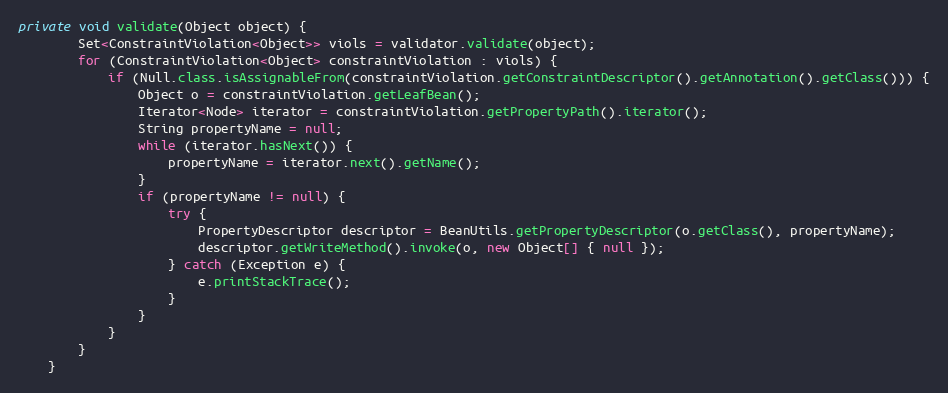
Language: Java
private void validate(Object object) {
		Set<ConstraintViolation<Object>> viols = validator.validate(object);
		for (ConstraintViolation<Object> constraintViolation : viols) {
			if (Null.class.isAssignableFrom(constraintViolation.getConstraintDescriptor().getAnnotation().getClass())) {
				Object o = constraintViolation.getLeafBean();
				Iterator<Node> iterator = constraintViolation.getPropertyPath().iterator();
				String propertyName = null;
				while (iterator.hasNext()) {
					propertyName = iterator.next().getName();
				}
				if (propertyName != null) {
					try {
						PropertyDescriptor descriptor = BeanUtils.getPropertyDescriptor(o.getClass(), propertyName);
						descriptor.getWriteMethod().invoke(o, new Object[] { null });
					} catch (Exception e) {
						e.printStackTrace();
					}
				}
			}
		}
	}